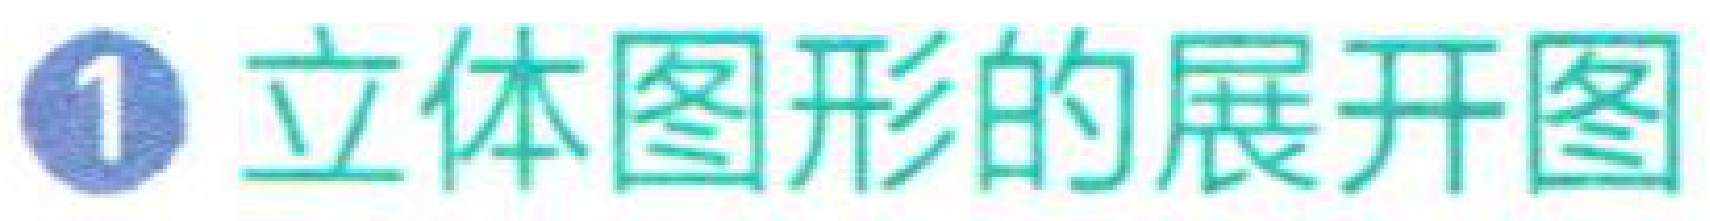
\textcircled{1} 立体图形的展开图